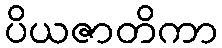
ပိယဇာတိကာ